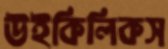
উইকিলিকস